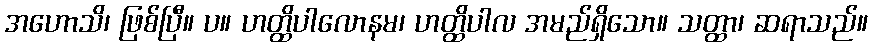
အဟောသိ၊ ဖြစ်ပြီ။ ပ။ ဟတ္ထိပါလောနမ၊ ဟတ္ထိပါလ အမည်ရှိသော။ သတ္ထာ၊ ဆရာသည်။